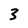
Character: 3